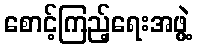
စောင့်ကြည့်ရေးအဖွဲ့